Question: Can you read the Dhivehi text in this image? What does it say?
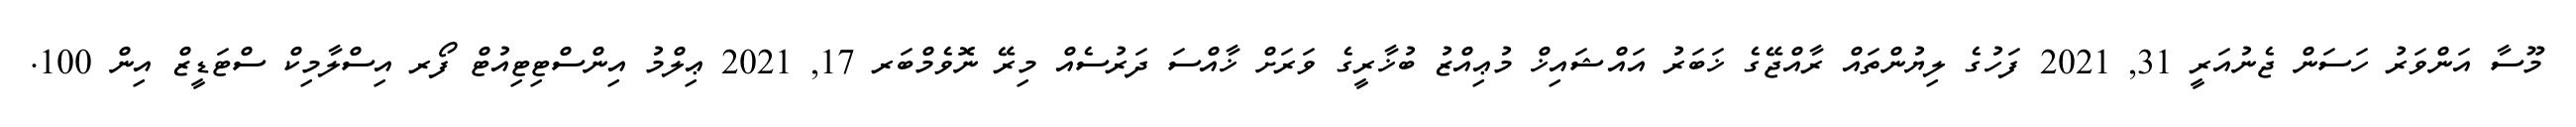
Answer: މޫސާ އަންވަރު ހަސަން ޖެނުއަރީ 31, 2021 ފަހުގެ ލިޔުންތައް ރާއްޖޭގެ ޚަބަރު އައްޝައިޚް މުޢިއްޒު ބުޚާރީގެ ވަރަށް ޚާއްސަ ދަރުސެއް މިރޭ ނޮވެމްބަރ 17, 2021 ޢިލްމު އިންސްޓިޓިއުޓް ފޯރ އިސްލާމިކް ސްޓަޑީޒް އިން 100.